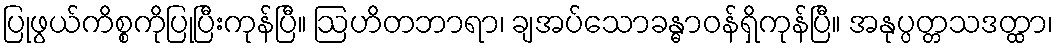
ပြုဖွယ်ကိစ္စကိုပြုပြီးကုန်ပြီ။ ဩဟိတဘာရာ၊ ချအပ်သောခန္ဓာဝန်ရှိကုန်ပြီ။ အနုပ္ပတ္တသဒတ္ထာ၊